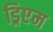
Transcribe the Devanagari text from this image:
ड्रिएम